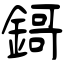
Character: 鎶